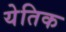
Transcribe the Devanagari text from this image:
येतिक